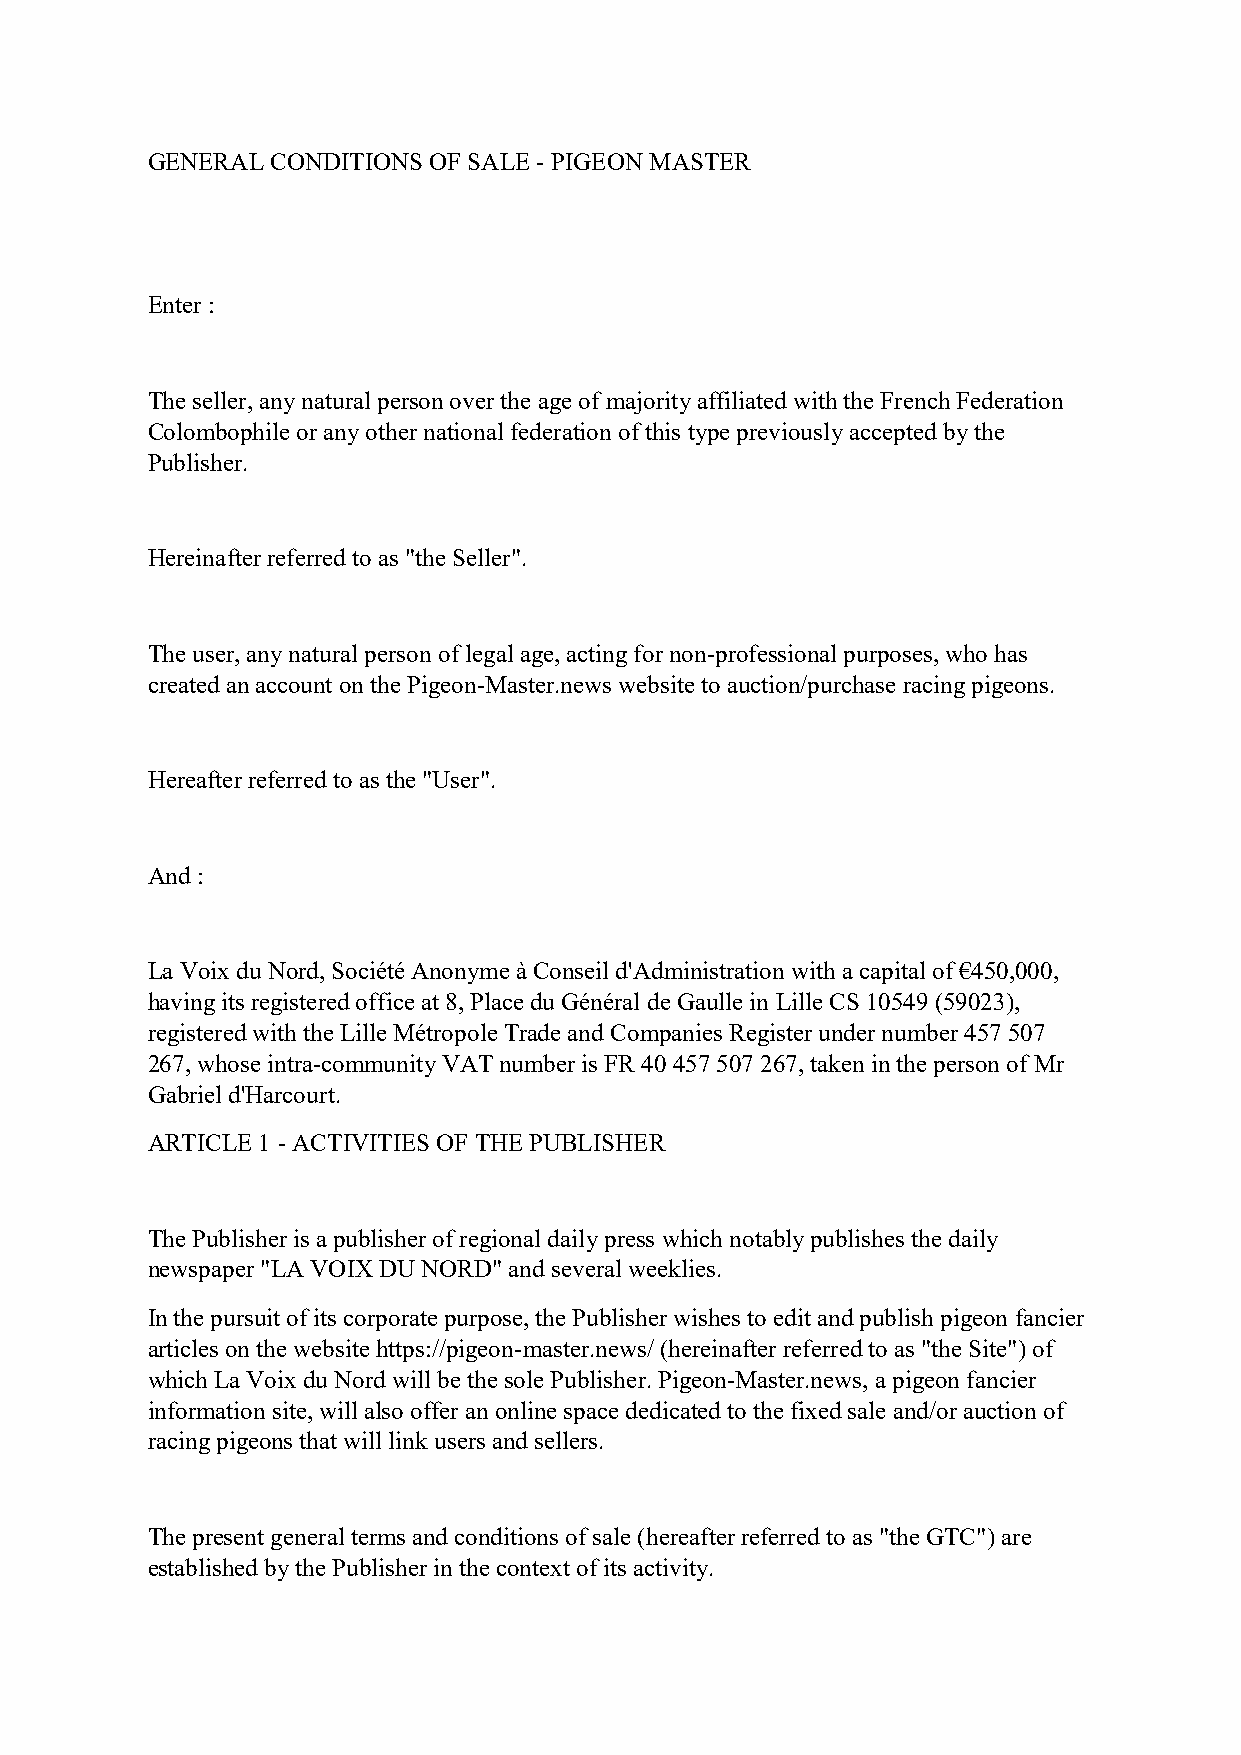
GENERAL CONDITIONS OF SALE - PIGEON MASTER
 Enter :
 The seller, any natural person over the age of majority affiliated with the French Federation
 Colombophile or any other national federation of this type previously accepted by the
 Publisher.
 Hereinafter referred to as "the Seller".
 The user, any natural person of legal age, acting for non-professional purposes, who has
 created an account on the Pigeon-Master.news website to auction/purchase racing pigeons.
 Hereafter referred to as the "User".
 And :
 La Voix du Nord, Société Anonyme à Conseil d'Administration with a capital of €450,000,
 having its registered office at 8, Place du Général de Gaulle in Lille CS 10549 (59023),
 registered with the Lille Métropole Trade and Companies Register under number 457 507
 267, whose intra-community VAT number is FR 40 457 507 267, taken in the person of Mr
 Gabriel d'Harcourt.
 ARTICLE 1 - ACTIVITIES OF THE PUBLISHER
 The Publisher is a publisher of regional daily press which notably publishes the daily
 newspaper "LA VOIX DU NORD" and several weeklies.
 In the pursuit of its corporate purpose, the Publisher wishes to edit and publish pigeon fancier
 articles on the website https://pigeon-master.news/ (hereinafter referred to as "the Site") of
 which La Voix du Nord will be the sole Publisher. Pigeon-Master.news, a pigeon fancier
 information site, will also offer an online space dedicated to the fixed sale and/or auction of
 racing pigeons that will link users and sellers.
 The present general terms and conditions of sale (hereafter referred to as "the GTC") are
 established by the Publisher in the context of its activity.